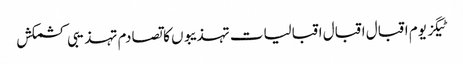
ٹیگز یوم اقبال اقبال اقبالیات تہذیبوں کا تصادم تہذیبی کشمکش